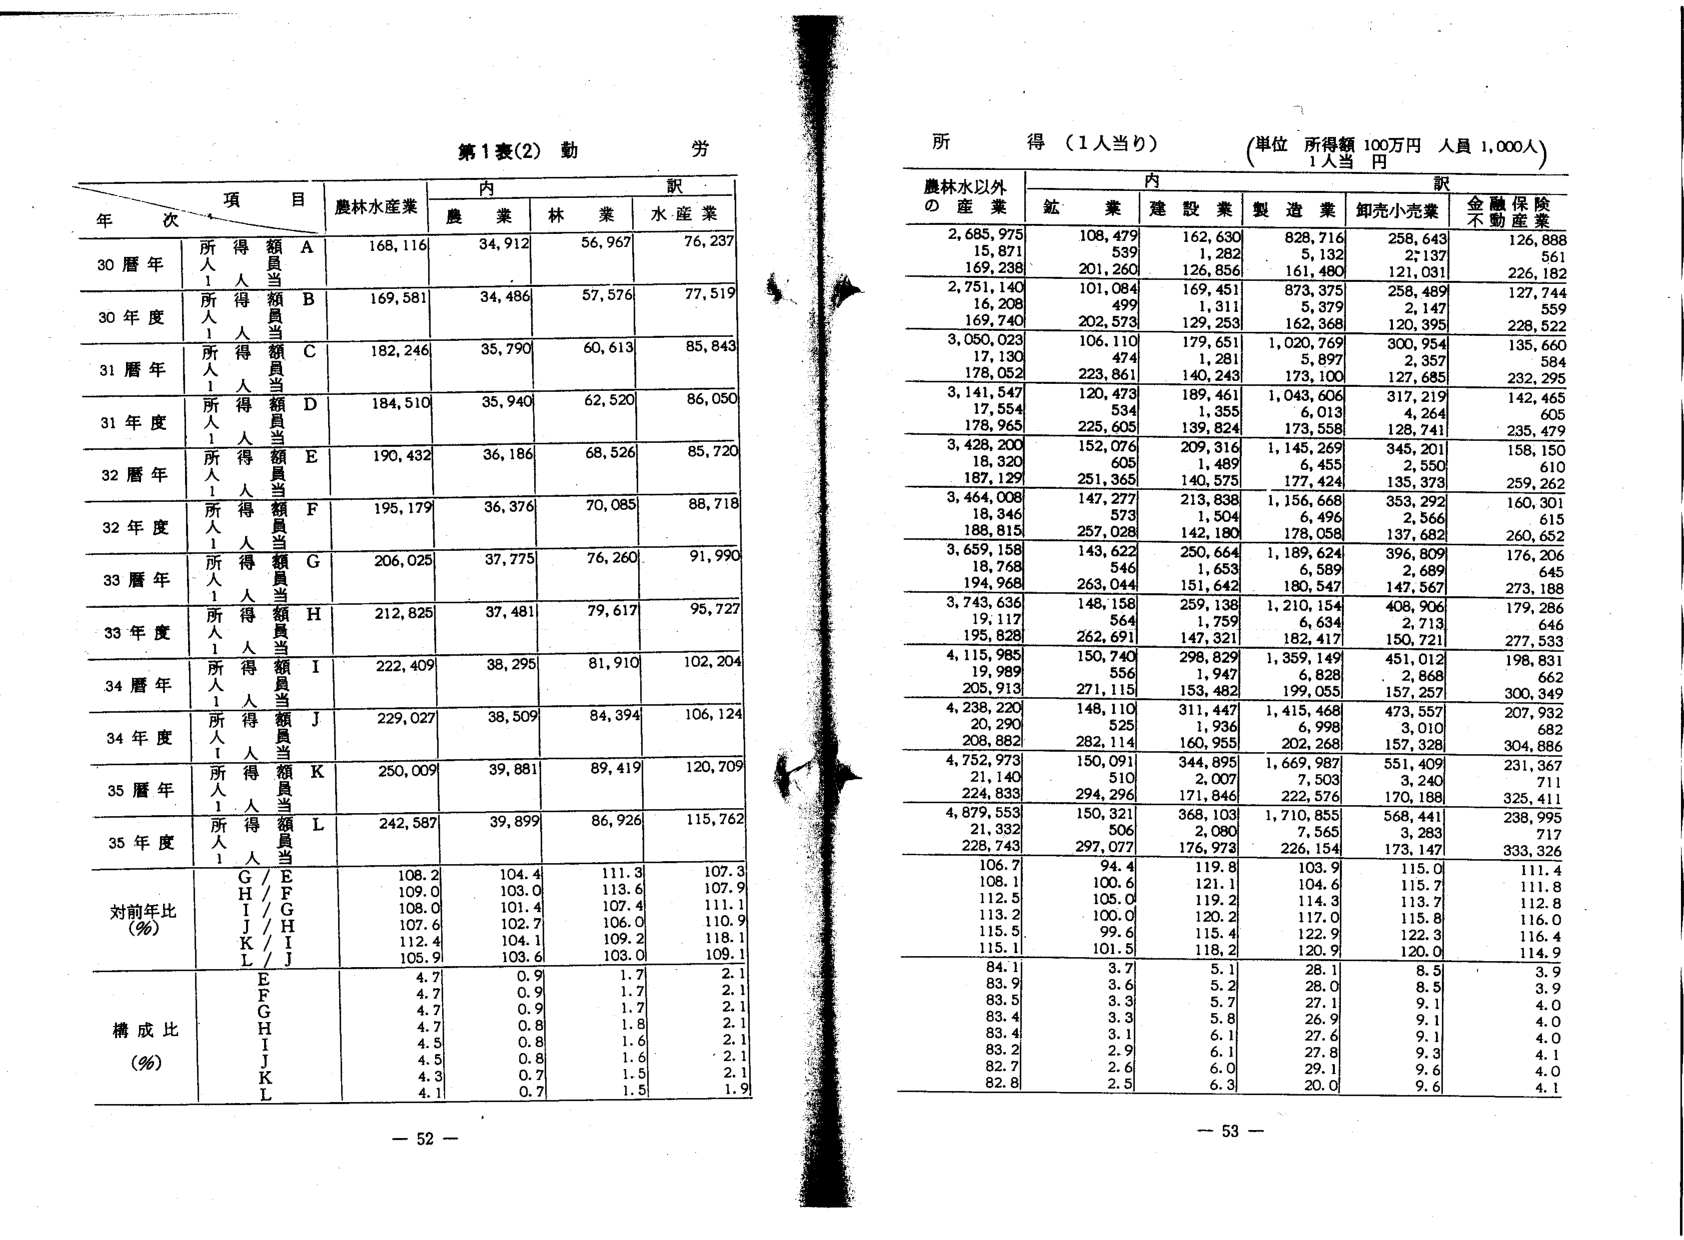
第1表(2) 勤 労

項 目
年 次
所 得 額
人 当
A
168,116
農林水産業
内 訳
農 業
34,912
林 業
56,967
水 産 業
76,237

30暦年
所 得 額
人 当
B
169,581
34,486
57,576
77,519

30年度
所 得 額
人 当
C
182,246
35,790
60,613
85,843

31暦年
所 得 額
人 当
D
184,510
35,940
62,520
86,050

31年度
所 得 額
人 当
E
190,432
36,186
68,526
85,720

32暦年
所 得 額
人 当
F
195,179
36,376
70,085
88,718

32年度
所 得 額
人 当
G
206,025
37,775
76,260
91,990

33暦年
所 得 額
人 当
H
212,825
37,481
79,617
95,727

33年度
所 得 額
人 当
I
222,409
38,295
81,910
102,204

34暦年
所 得 額
人 当
J
229,027
38,509
84,394
106,124

34年度
所 得 額
人 当
K
250,009
39,881
89,419
120,709

35暦年
所 得 額
人 当
L
242,587
39,899
86,926
115,762

35年度
対前年比 (%)
G/E
108.2
104.4
111.3
107.3
H/F
109.0
103.0
113.6
107.9
I/G
108.0
101.4
107.4
111.1
J/H
107.6
102.7
106.0
110.9
K/I
112.4
104.1
109.2
118.1
L/J
105.9
103.6
103.0
109.1

構成比 (%)
E
4.7
0.9
1.7
2.1
F
4.7
0.9
1.7
2.1
G
4.7
0.9
1.7
2.1
H
4.7
0.8
1.8
2.1
I
4.5
0.8
1.6
2.1
J
4.5
0.8
1.6
2.1
K
4.3
0.7
1.5
2.1
L
4.1
0.7
1.5
1.9

- 52 -

所 得 (1人当り)
(単位 所得額 100万円 人員 1,000人)
1人当 円

農林水以外
の 産 業
内 訳
鉱 業
建 設 業
製 造 業
卸売小売業
金融保険
不動産業

2,685,975
108,479
162,630
828,716
258,716
126,888
15,871
539
1,282
5,132
2,137
561
169,238
201,260
126,856
161,480
121,031
226,182

2,751,140
101,084
169,451
873,375
258,489
127,744
16,208
499
1,311
5,379
2,147
559
169,740
202,573
129,253
162,368
120,395
228,522

3,050,023
106,110
179,651
1,020,769
300,954
135,660
17,130
474
1,281
5,897
2,357
584
178,052
223,861
140,243
173,100
127,685
232,295

3,141,547
120,473
189,461
1,043,606
317,219
142,465
17,554
534
1,355
6,013
4,264
605
178,965
225,605
139,824
173,558
128,741
235,479

3,428,200
152,076
209,316
1,145,269
345,201
158,150
18,320
603
1,489
6,455
2,550
610
187,129
251,365
140,575
177,424
135,373
259,262

3,464,008
147,277
213,838
1,156,668
353,292
160,301
18,346
573
1,504
6,496
2,566
615
188,815
257,028
142,180
178,058
137,682
260,652

3,659,158
143,622
250,664
1,189,624
396,809
176,206
18,768
546
1,653
6,589
2,689
645
194,968
263,044
151,642
180,547
147,567
273,188

3,743,636
148,158
259,138
1,210,154
408,906
179,286
19,117
564
1,759
6,634
2,713
646
195,828
262,691
147,321
182,417
150,721
277,533

4,115,985
150,740
298,829
1,359,149
451,012
198,831
19,989
556
1,947
6,828
2,868
662
205,913
271,115
153,482
199,055
157,257
300,349

4,238,220
148,110
311,447
1,415,468
473,557
207,932
20,290
525
1,936
6,998
3,010
682
208,882
282,114
160,955
202,268
157,328
304,886

4,752,973
150,091
344,895
1,669,987
551,409
231,367
21,140
510
2,007
7,503
3,240
711
224,833
294,296
171,846
222,576
170,188
325,411

4,879,553
150,321
368,103
1,710,855
568,441
238,995
21,332
506
2,080
7,565
3,283
717
228,743
297,077
176,973
226,154
173,147
333,326

106.7
94.4
119.8
103.9
115.0
111.4
108.1
100.6
121.1
104.6
115.7
111.8
112.5
105.0
119.2
114.3
113.7
112.8
113.2
100.0
120.2
117.0
115.8
116.0
115.5
99.6
115.4
122.9
122.3
116.4
115.1
101.5
118.2
120.9
120.0
114.9

84.1
3.7
5.1
28.1
8.5
3.9
83.9
3.6
5.2
28.0
8.5
3.9
83.5
3.3
5.7
27.1
9.1
4.0
83.4
3.3
5.8
26.9
9.1
4.0
83.4
3.1
6.1
27.6
9.1
4.0
83.2
2.9
6.1
27.8
9.3
4.1
82.7
2.6
6.0
29.1
9.6
4.0
82.8
2.5
6.3
20.0
9.6
4.1

- 53 -